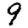
Digit: 9